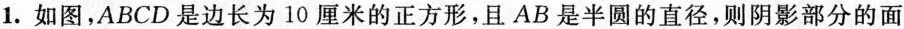
1.如图，ABCD是边长为10厘米的正方形，且AB是半圆的直径，则阴影部分的面